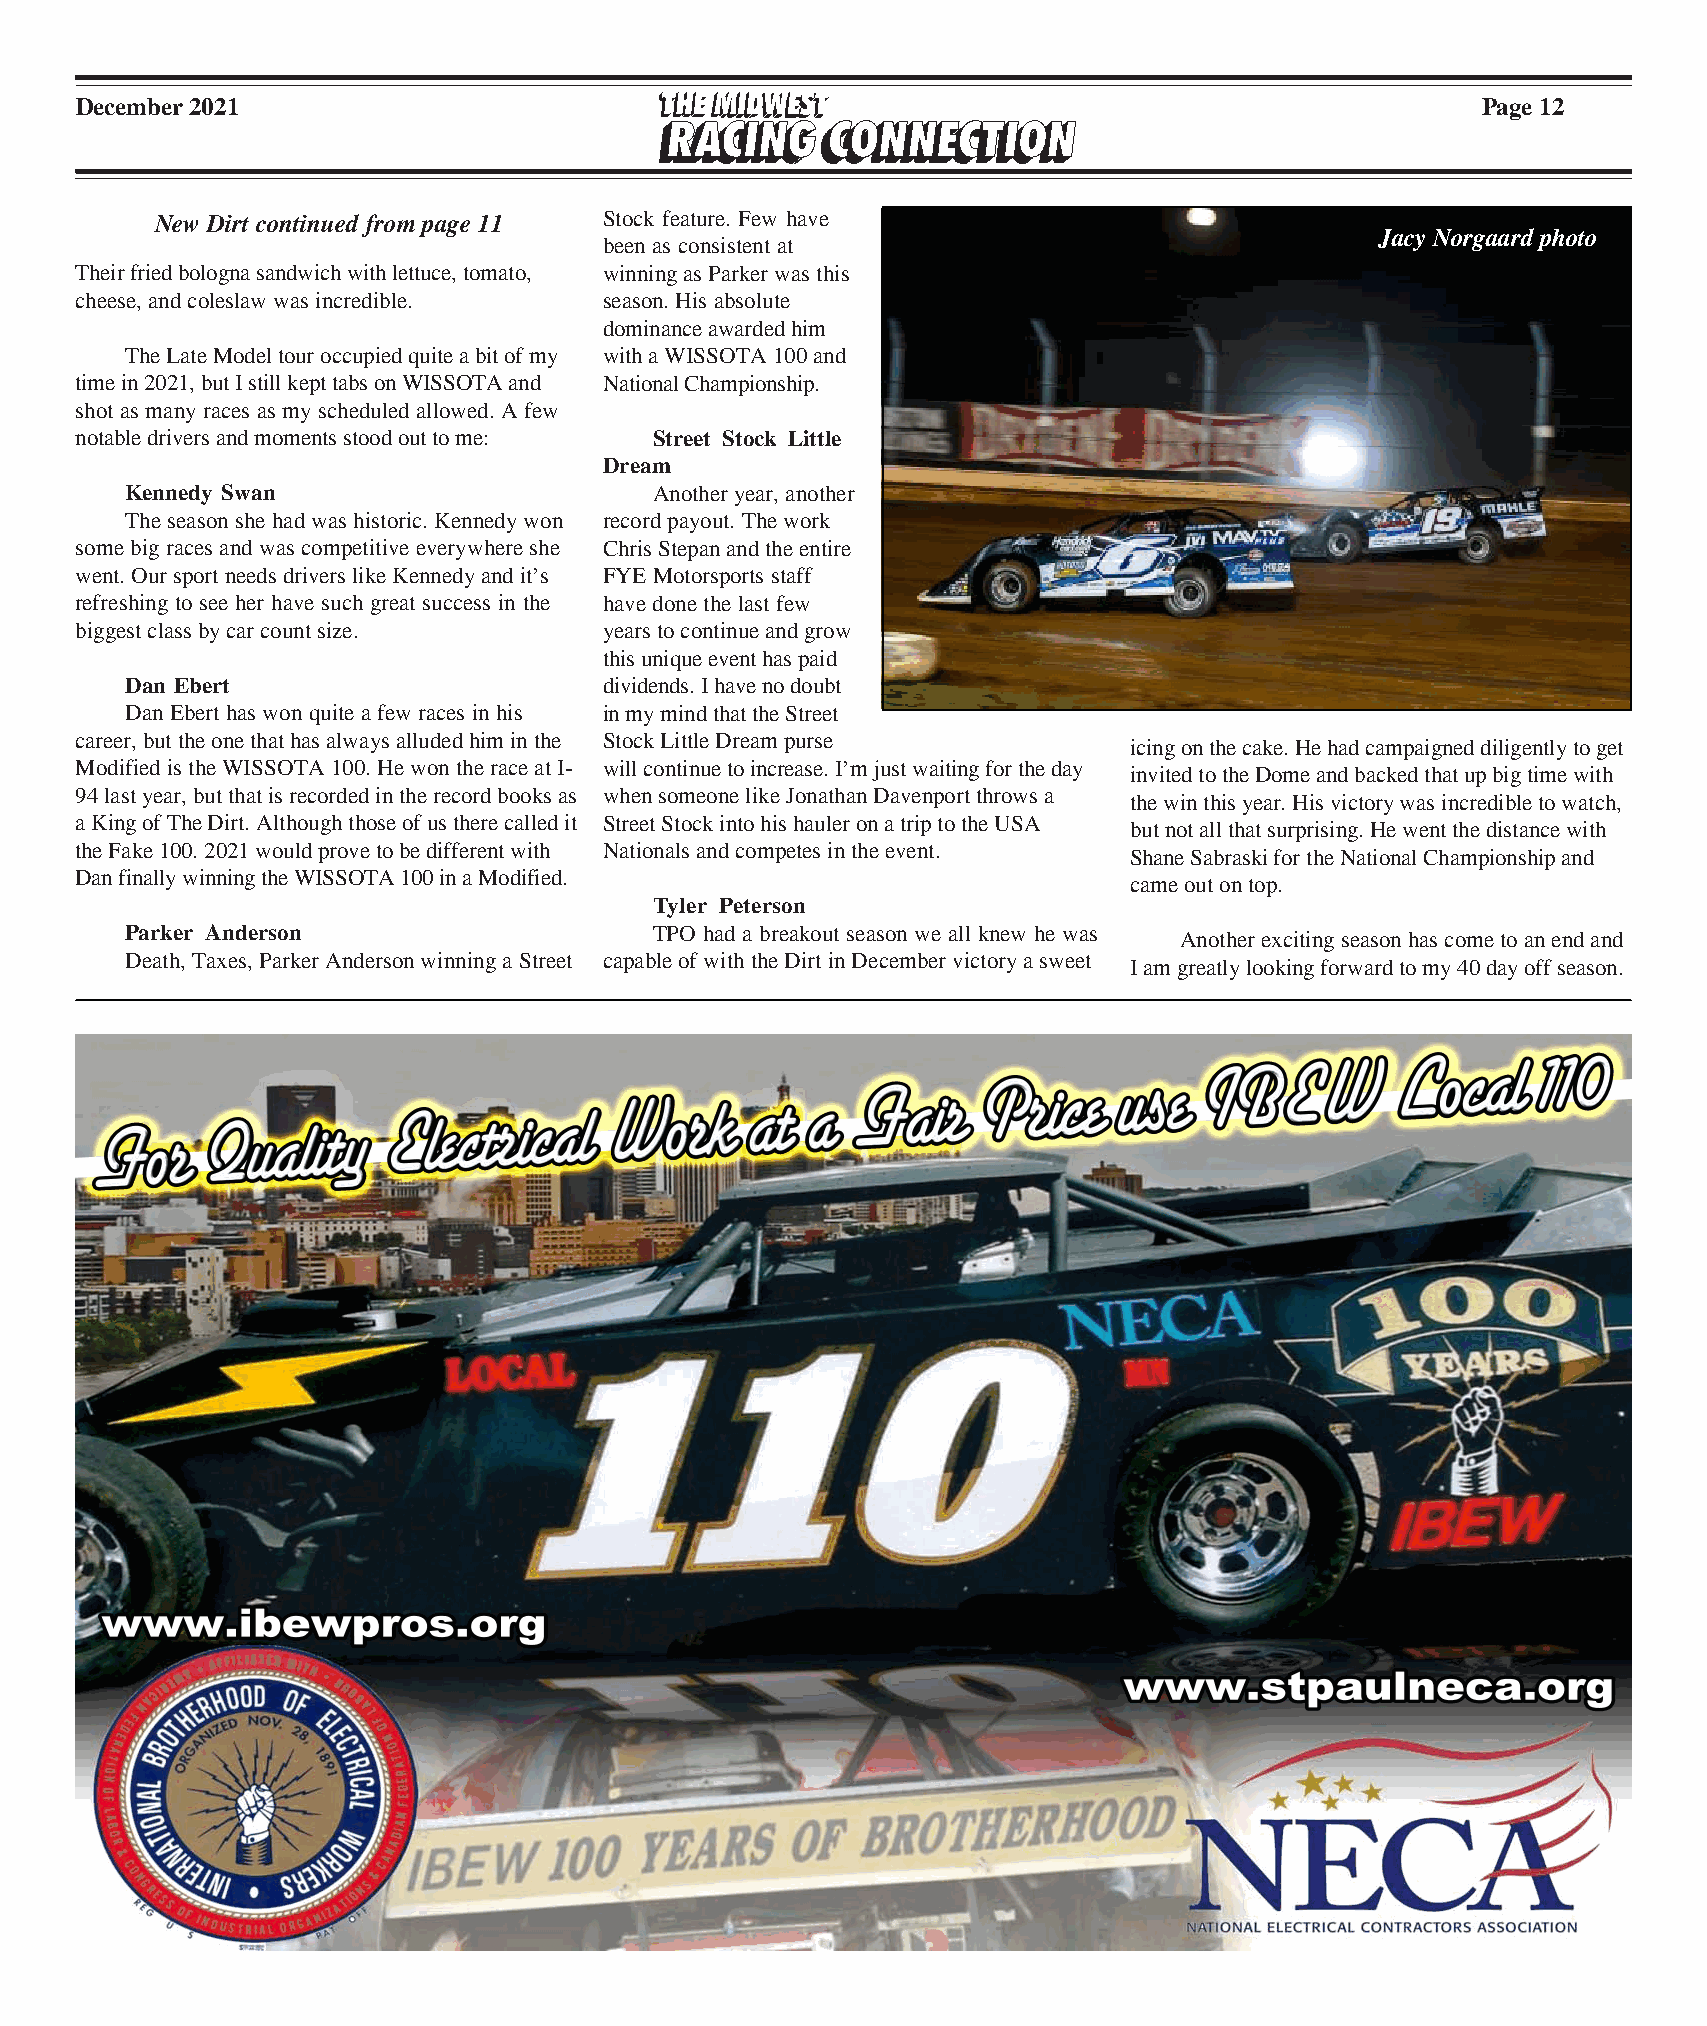
December 2021                                                                                Page 12
 New Dirt continued from page 11 Stock feature. Few have
 Jacy Norgaard photo
 been as consistent at
 Their fried bologna sandwich with lettuce, tomato, winning as Parker was this
 cheese, and coleslaw was incredible. season. His absolute
 dominance awarded him
 The Late Model tour occupied quite a bit of my with a WISSOTA 100 and
 time in 2021, but I still kept tabs on WISSOTA and National Championship.
 shot as many races as my scheduled allowed. A few
 notable drivers and moments stood out to me: Street Stock Little
 Dream
 Kennedy Swan                       Another year, another
 The season she had was historic. Kennedy won record payout. The work
 some big races and was competitive everywhere she Chris Stepan and the entire
 went. Our sport needs drivers like Kennedy and it’s FYE Motorsports staff
 refreshing to see her have such great success in the have done the last few
 biggest class by car count size.   years to continue and grow
 this unique event has paid
 Dan Ebert                       dividends. I have no doubt
 Dan Ebert has won quite a few races in his in my mind that the Street
 career, but the one that has always alluded him in the Stock Little Dream purse
 icing on the cake. He had campaigned diligently to get
 Modified is the WISSOTA 100. He won the race at I- will continue to increase. I’m just waiting for the day
 invited to the Dome and backed that up big time with
 94 last year, but that is recorded in the record books as when someone like Jonathan Davenport throws a
 the win this year. His victory was incredible to watch,
 a King of The Dirt. Although those of us there called it Street Stock into his hauler on a trip to the USA
 but not all that surprising. He went the distance with
 the Fake 100. 2021 would prove to be different with Nationals and competes in the event.
 Shane Sabraski for the National Championship and
 Dan finally winning the WISSOTA 100 in a Modified.
 came out on top.
 Tyler Peterson
 Parker Anderson                    TPO had a breakout season we all knew he was
 Another exciting season has come to an end and
 Death, Taxes, Parker Anderson winning a Street capable of with the Dirt in December victory a sweet
 I am greatly looking forward to my 40 day off season.